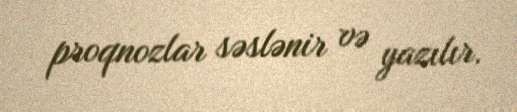
proqnozlar səslənir və yazılır.